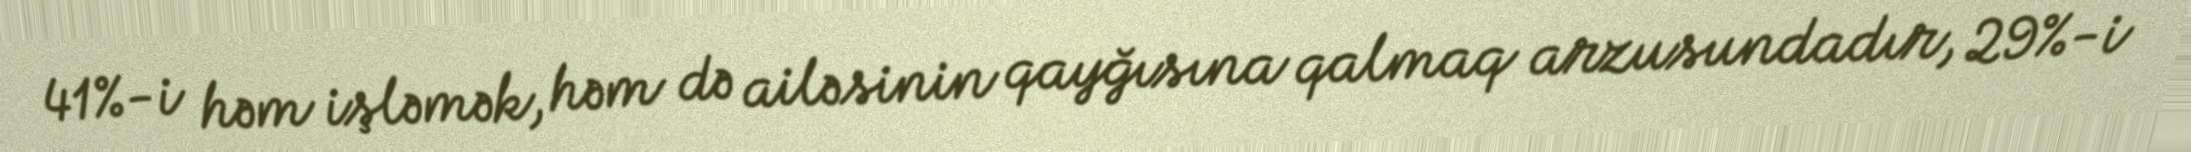
41%-i həm işləmək, həm də ailəsinin qayğısına qalmaq arzusundadır, 29%-i